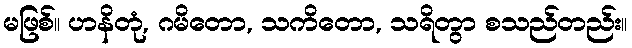
မဖြစ်။ ဟနိတုံ, ဂမိတော, သကိတော, သရိတွာ စသည်တည်း။